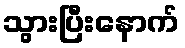
သွားပြီးနောက်